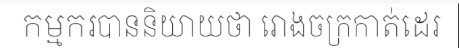
កម្មករបាននិយាយថា រោងចក្រកាត់ដេរ